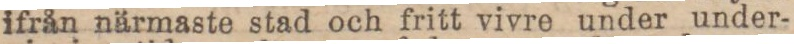
ifrån närmaste stad och fritt vivre under under-